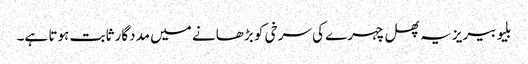
بلیو بیریز یہ پھل چہرے کی سرخی کو بڑھانے میں مددگار ثابت ہوتا ہے۔